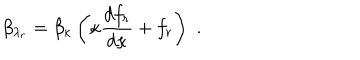
\beta _ { \lambda _ { r } } = \beta _ { \kappa } \left( \kappa \frac { d f _ { r } } { d \kappa } + f _ { r } \right) \, \, .